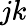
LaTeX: jk